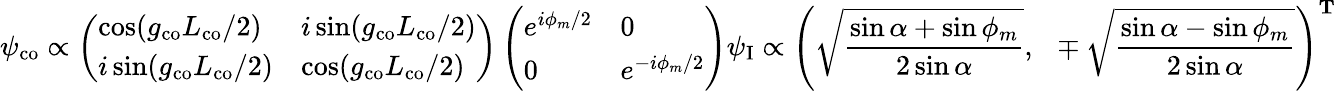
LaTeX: \psi_{\mathrm{co}}\propto\left(\begin{array}{ll}{\cos(g_{\mathrm{co}}L_{\mathrm{co}}/2)}&{i\sin(g_{\mathrm{co}}L_{\mathrm{co}}/2)}\\ {i\sin(g_{\mathrm{co}}L_{\mathrm{co}}/2)}&{\cos(g_{\mathrm{co}}L_{\mathrm{co}}/2)}\end{array}\right)\left(\begin{array}{ll}{e^{i\phi_{m}/2}}&{0}\\ {0}&{e^{-i\phi_{m}/2}}\end{array}\right)\psi_{\mathrm{I}}\propto\left(\sqrt{\frac{\sin\alpha+\sin\phi_{m}}{2\sin\alpha}},\ \ \mp\sqrt{\frac{\sin\alpha-\sin\phi_{m}}{2\sin\alpha}}\right)^{\mathbf{T}}